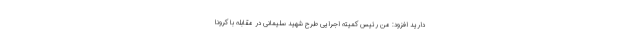
دارید افزود: من رئیس کمیته اجرایی طرح شهید سلیمانی در مقابله با کرونا